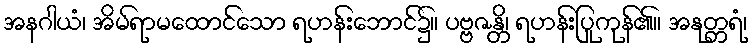
အနဂါယံ၊ အိမ်ရာမထောင်သော ရဟန်းဘောင်၌။ ပဗ္ဗဇန္တိ၊ ရဟန်းပြုကုန်၏။ အနုတ္တရံ၊